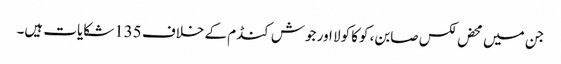
جن میں محض لکس صابن، کوکا کولا اور جوش کنڈم کے خلاف 135شکایات ہیں۔